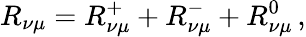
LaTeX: R_{\nu\mu}=R_{\nu\mu}^{+}+R_{\nu\mu}^{-}+R_{\nu\mu}^{0}\, ,